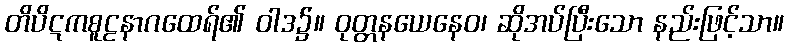
တိပိဋကစူဠနာဂထေရ်၏ ဝါဒ၌။ ဝုတ္တနယေနေဝ၊ ဆိုအပ်ပြီးသော နည်းဖြင့်သာ။